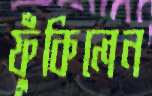
ফুঁকিলেন